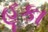
હૂકા